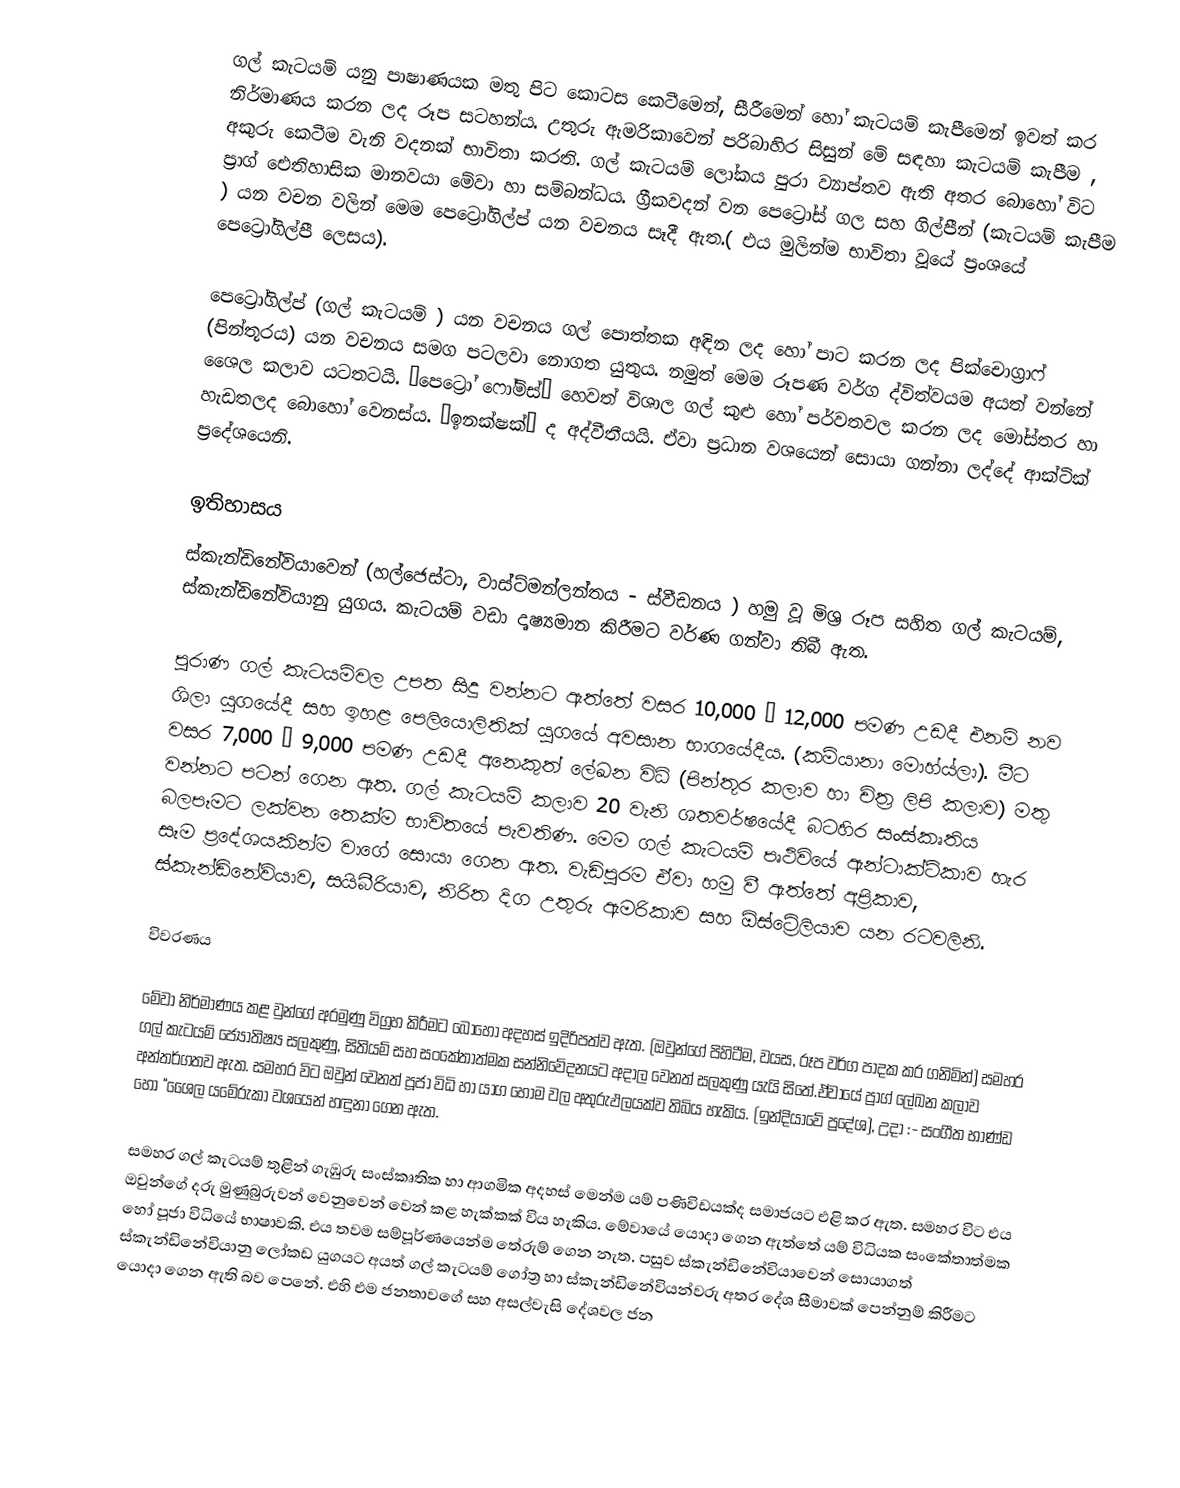
ගල් කැටයම් යනු පාෂාණයක මතු පිට කොටස කෙටීමෙන්, සීරීමෙන් හෝ කැටයම් කැපීමෙන් ඉවත් කර නිර්මාණය කරන ලද රූප සටහන්ය. උතුරු ඇමරිකාවෙන් පරිබාහිර සිසුන් මේ සඳහා කැටයම් කැපීම , අකුරු කෙටීම වැනි වදනක් භාවිතා කරති. ගල් කැටයම් ලෝකය පුරා ව්‍යාප්තව ඇති අතර බොහෝ විට ප්‍රාග් ඓතිහාසික මානවයා මේවා හා සම්බන්ධය. ග්‍රීකවදන් වන පෙට්‍රෝස් ගල සහ ගිල්පීන් (කැටයම් කැපීම ) යන වචන වලින් මෙම පෙට්‍රෝගිල්ප් යන වචනය සෑදී ඇත.( එය මුලින්ම භාවිතා වූයේ ප්‍රංශයේ පෙට්‍රෝගිල්පී ලෙසය).

පෙට්‍රෝගිල්ප් (ගල් කැටයම් ) යන වචනය ගල් පොත්තක අඳින ලද හෝ පාට කරන ලද පික්චොග්‍රාෆ් (පින්තූරය) යන වචනය සමග පටලවා නොගත යුතුය. නමුත් මෙම රූපණ වර්ග ද්විත්වයම   අයත් වන්නේ ශෛල කලාව යටතටයි. “පෙට්‍රෝ ෆෝම්ස්”  හෙවත් විශාල ගල් කුළු හෝ පර්වතවල කරන ලද මෝස්තර හා හැඩතලද බොහෝ වෙනස්ය. “ඉනක්ෂක්” ද අද්වීතීයයි. ඒවා ප්‍රධාන වශයෙන් සොයා ගන්නා ලද්දේ ආක්ටික් ප්‍රදේශයෙනි.

ඉතිහාසය
ස්කැන්ඩිනේවියාවෙන් (හල්ජෙස්ටා, වාස්ට්මන්ලන්තය - ස්වීඩනය ) හමු වූ මිශ්‍ර රූප සහිත ගල් කැටයම්, ස්කැන්ඩිනේවියානු යුගය. කැටයම් වඩා දෘෂ්‍යමාන කිරීමට වර්ණ ගන්වා තිබී ඇත.

පුරාණ ගල් කැටයම්වල උපත සිදු වන්නට ඇත්තේ වසර 10,000 – 12,000 පමණ උඩදී එනම් නව ශිලා යුගයේදී සහ ඉහළ පෙලියොලිතික් යුගයේ අවසාන භාගයේදීය. (කම්යානා මොහ්ය්ලා). මීට වසර 7,000 – 9,000 පමණ උඩදී අනෙකුත් ලේඛන විධි (පින්තූර කලාව හා චිත්‍ර ලිපි කලාව) මතු වන්නට පටන් ගෙන ඇත. ගල් කැටයම් කලාව 20 වැනි ශතවර්ෂයේදී බටහිර සංස්කෘතිය බලපෑමට ලක්වන තෙක්ම භාවිතයේ පැවතිණ. මෙම ගල් කැටයම් පෘථිවියේ ඇන්ටාක්ටිකාව හැර සෑම ප්‍රදේශයකින්ම වාගේ සොයා ගෙන ඇත. වැඩිපුරම ඒවා හමු වී ඇත්තේ අප්‍රිකාව, ස්කැන්ඩිනේවියාව, සයිබීරියාව, නිරිත දිග උතුරු ඇමරිකාව සහ ඕස්ට්‍රේලියාව යන රටවලිනි.

විවරණය

මේවා නිර්මාණය කළ වුන්ගේ අරමුණු විග්‍රහ කිරීමට බොහෝ අදහස් ඉදිරිපත්ව ඇත. (ඔවුන්ගේ පිහිටීම, වයස, රූප වර්ග පාදක කර ගනිමින්) සමහර ගල් කැටයම් ජ්‍යෝතිෂ්‍ය සලකුණු, සිතියම් සහ සංකේතාත්මක සන්නිවේදනයට අදාල වෙනත් සලකුණු යැයි සිතේ.ඒවායේ ප්‍රාග් ලේඛන කලාව අන්තර්ගතව ඇත. සමහර විට ඔවුන් වෙනත් පූජා විධි හා යාග හෝම වල අතුරුඵලයක්ව තිබිය හැකිය. (ඉන්දියාවේ ප්‍රදේශ), උදා :- සංගීත භාණ්ඩ හෝ “ශෛල යමේරුකා වශයෙන් හඳුනා ගෙන ඇත.

සමහර ගල් කැටයම් තුළින් ගැඹුරු සංස්කෘතික හා ආගමික අදහස් මෙන්ම යම් පණිවිඩයක්ද සමාජයට එළි කර ඇත. සමහර විට එය ඔවුන්ගේ දරු මුණුබුරුවන් වෙනුවෙන් වෙන් කළ හැක්කක් විය හැකිය. මේවායේ යොදා ගෙන ඇත්තේ යම් විධියක සංකේතාත්මක හෝ පූජා විධියේ භාෂාවකි. එය තවම සම්පූර්ණයෙන්ම තේරුම් ගෙන නැත. පසුව ස්කැන්ඩිනේවියාවෙන් සොයාගත් ස්කැන්ඩිනේවියානු ලෝකඩ යුගයට අයත් ගල් කැටයම් ගෝත්‍ර හා ස්කැන්ඩිනේවියන්වරු අතර දේශ සීමාවක් පෙන්නුම් කිරීමට යොදා ගෙන ඇති බව පෙනේ. එහි එම ජනතාවගේ සහ අසල්වැසි දේශවල ජන